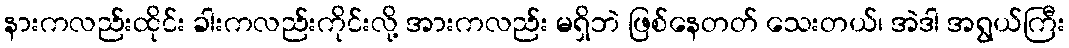
နားကလည်းထိုင်း ခါးကလည်းကိုင်းလို့ အားကလည်း မရှိဘဲ ဖြစ်နေတတ် သေးတယ်၊ အဲဒါ အရွယ်ကြီး